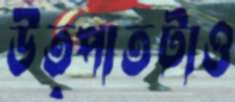
উত্পাতটাও